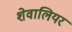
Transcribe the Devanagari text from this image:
शेवालियर